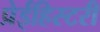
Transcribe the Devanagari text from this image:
प्रेईहिस्टरी